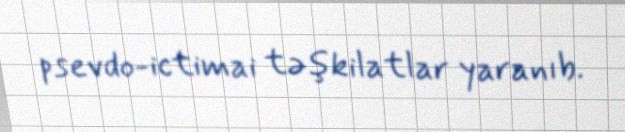
psevdo-ictimai təşkilatlar yaranıb.